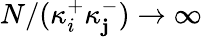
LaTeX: N/(\kappa_{i}^{+}\kappa_{\mathbf{j}}^{-})\to\infty